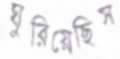
ঘুরিয়েছিস